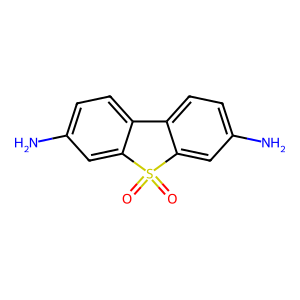
SMILES: Nc1ccc2c(c1)S(=O)(=O)c1cc(N)ccc1-2
Inhibits HIV replication: No